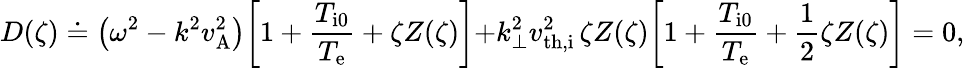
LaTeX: D(\zeta)\doteq\bigl(\omega^{2}-k^{2}v_{\mathrm{A}}^{2}\bigr)\biggl[1+\frac{T_{\mathrm{i0}}}{T_{\mathrm{e}}}+\zeta Z(\zeta)\biggl]+k_{\perp}^{2}v_{\mathrm{th,i}}^{2}\, \zeta Z(\zeta)\biggl[1+\frac{T_{\mathrm{i0}}}{T_{\mathrm{e}}}+\frac{1}{2}\zeta Z(\zeta)\biggr]=0,